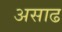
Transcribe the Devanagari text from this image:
असाढ